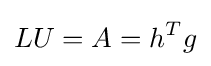
LU=A=h^{T}g